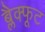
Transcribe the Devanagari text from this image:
ब्लैक्फूट